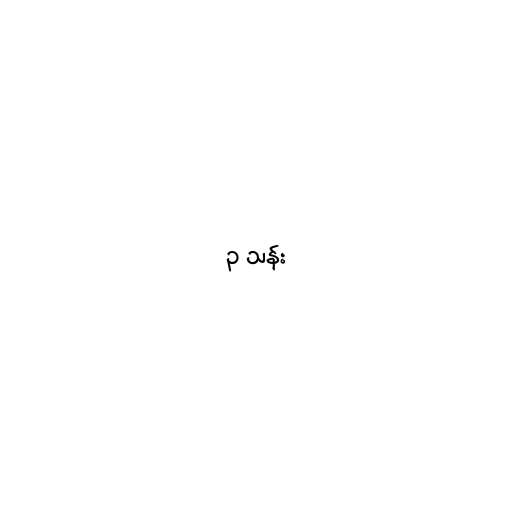
၃ သန်း